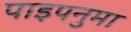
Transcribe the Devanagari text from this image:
पाइपनुमा